Annual report on the working of the lock hospitals in the Central Provinces
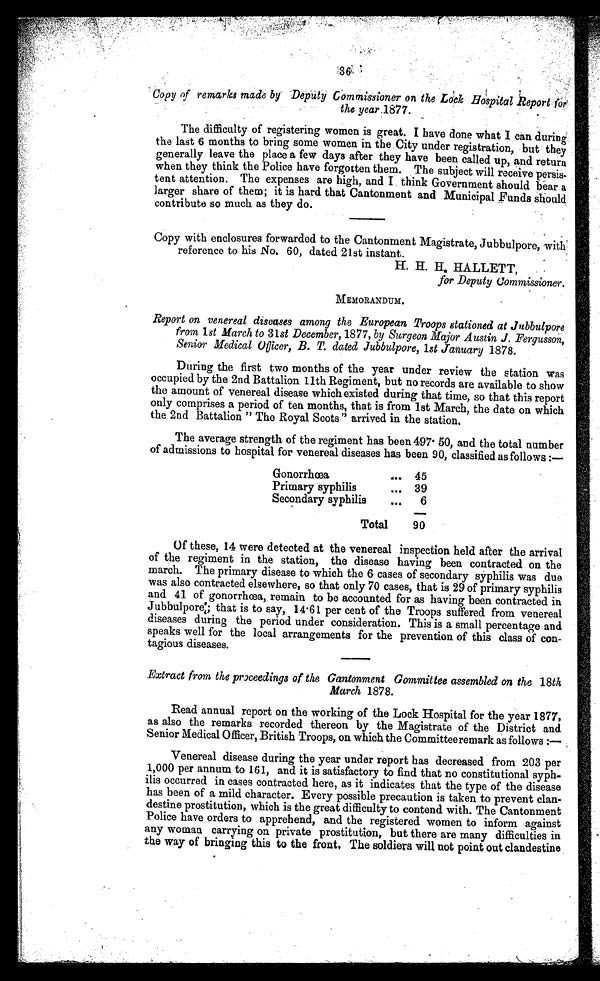
Copy of remarks made by Deputy Commissioner on the Lock Hospital Report for
the year 1877.
The difficulty of registering women is great. I have done what I can during
the last 6 months to bring some women in the City under registration, but they
generally leave the place a few days after they have been called up, and return
when they think the Police have forgotten them. The subject will receive persis-
tent attention. The expenses are high, and I think Government should bear a
larger share of them; it is hard that Cantonment and Municipal Funds should
contribute so much as they do.
Copy with enclosures forwarded to the Cantonment Magistrate, Jubbulpore, with
reference to his No. 60, dated 21st instant.
H. H. H. HALLETT,
for Deputy Commissioner.
MEMORANDUM.
Report on venereal diseases among the European Troops stationed at Jubbulpore
from 1st March to 31st December, 1877,by Surgeon Major Austin J. Fergusson,
Senior Medical Officer, B. T .
d a t e d J u b b u l p o r e , 1 s t J a n u a r y1
8 7 8 .
During the first two months of the year under review the station was
occupied by the 2nd Battalion 11th Regiment, but no records are available to show
the amount of venereal disease which existed during that time, so that this report
only comprises a period of ten months, that is from 1st March, the date on which
the 2nd Battalion " The Royal Scots " arrived in the station.
The average strength. of the regiment has been 497·50, and the total number
of admissions to hospital for venereal diseases has been 90, classified as follows :—
Gonorrhœa
••• 45
Primary syphilis
... 39
Secondary syphilis
...
6
Total
90
Of these, 14 were detected at the venereal inspection held after the arrival
of the regiment in the station, the disease having been contracted on the
march. The primary disease to which the 6 cases of secondary syphilis was due
was also contracted elsewhere, so that only 70 cases, that is 29 of primary syphilis
and 41 of gonorrhoea, remain to be accounted for as having been contracted in
Jubbulpore:; that is to say, 14·61 per cent of the Troops suffered from venereal
diseases during the period under consideration. This is a small percentage and
speaks well for the local arrangements for the prevention of this class of con-
tagious diseases.
Extract from the proceedings of the Cantonment Committee assembled on the 18th
March 1878.
Read annual report on the working of the Lock Hospital for the year 1877,
as also the remarks recorded thereon by the Magistrate of the District and
Senior Medical Officer, British Troops, on which the Committee remark as follows :—
Venereal disease during the year under report has decreased from 203 per
1,000 per annum to 161, and it is satisfactory to find that no constitutional syph-
ilis occurred in cases contracted here, as it indicates that the type of the disease
has been of a mild character. Every possible precaution is taken to prevent clan-
destine prostitution, which is the great difficulty to contend with. The Cantonment
Police have orders to apprehend, and the registered women to inform against
any woman carrying on private prostitution, but there are many difficulties in
the way of bringing this to the front, The soldiers will not point out clandestine